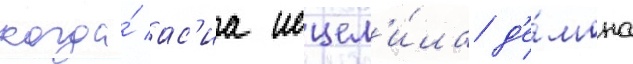
когда́ ас'иа исцел'и́ла д'е́мона